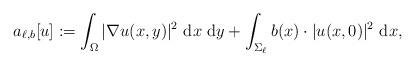
LaTeX: \begin{align*}a_{\ell,b} [u] := \int_{\Omega} |\nabla u(x,y)|^2 \ \mathrm{d} x \ \mathrm{d} y + \int_{\Sigma_\ell} b (x) \cdot |u(x,0)|^2 \ \mathrm{d} x ,\end{align*}